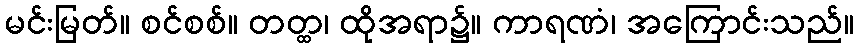
မင်းမြတ်။ စင်စစ်။ တတ္ထ၊ ထိုအရာ၌။ ကာရဏံ၊ အကြောင်းသည်။